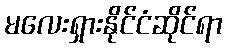
မလေးရှားနိုင်ငံဆိုင်ရာ